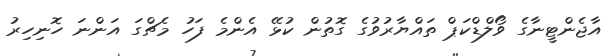
އާޖެންޓީނާގެ ވޯލްޑްކަޕް ތައްޔާރުވުގެ ގޮތުން ކުޅޭ އެންމެ ފަހު މެޗްގަ އަންނަ ހޮނިހިރު